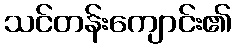
သင်တန်းကျောင်း၏